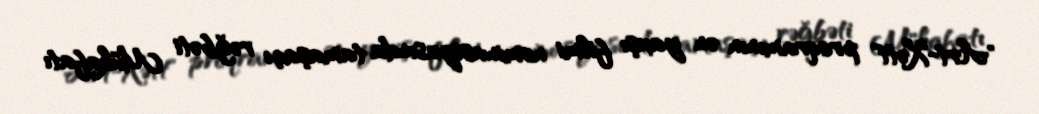
"Art-Xətt" proqramının ən yaxşı filmi nominasiyasında tamaşaçı rəğbəti Mükafatı